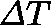
\mathit { \Delta } T